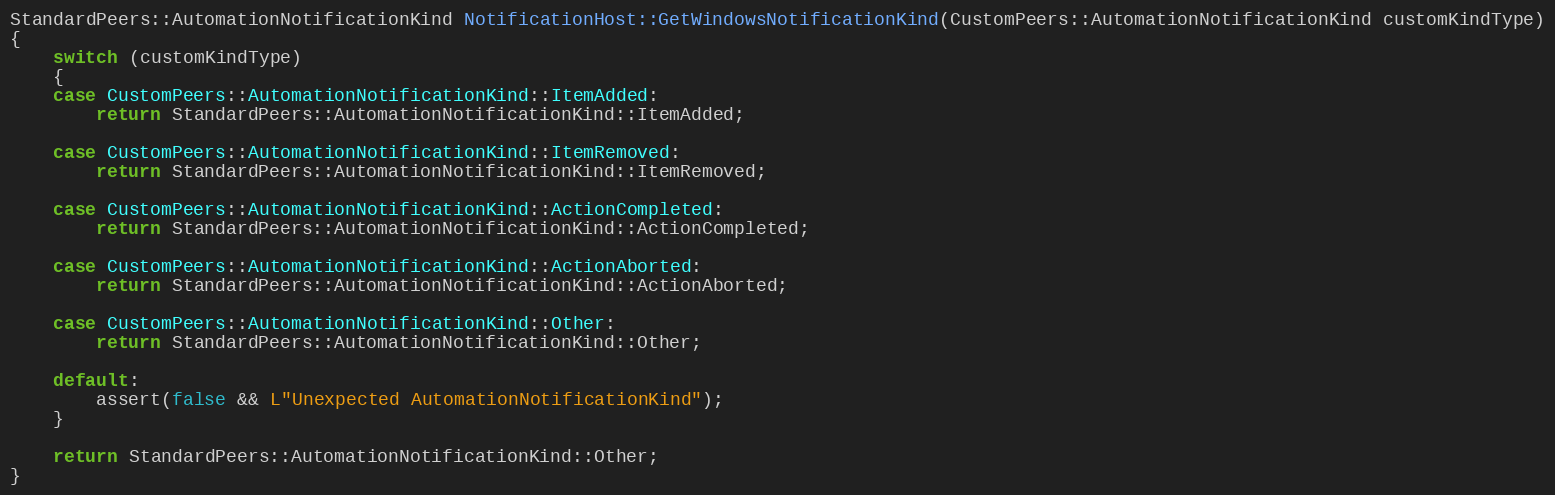
Language: C++
StandardPeers::AutomationNotificationKind NotificationHost::GetWindowsNotificationKind(CustomPeers::AutomationNotificationKind customKindType)
{
    switch (customKindType)
    {
    case CustomPeers::AutomationNotificationKind::ItemAdded:
        return StandardPeers::AutomationNotificationKind::ItemAdded;

    case CustomPeers::AutomationNotificationKind::ItemRemoved:
        return StandardPeers::AutomationNotificationKind::ItemRemoved;

    case CustomPeers::AutomationNotificationKind::ActionCompleted:
        return StandardPeers::AutomationNotificationKind::ActionCompleted;

    case CustomPeers::AutomationNotificationKind::ActionAborted:
        return StandardPeers::AutomationNotificationKind::ActionAborted;

    case CustomPeers::AutomationNotificationKind::Other:
        return StandardPeers::AutomationNotificationKind::Other;

    default:
        assert(false && L"Unexpected AutomationNotificationKind");
    }

    return StandardPeers::AutomationNotificationKind::Other;
}